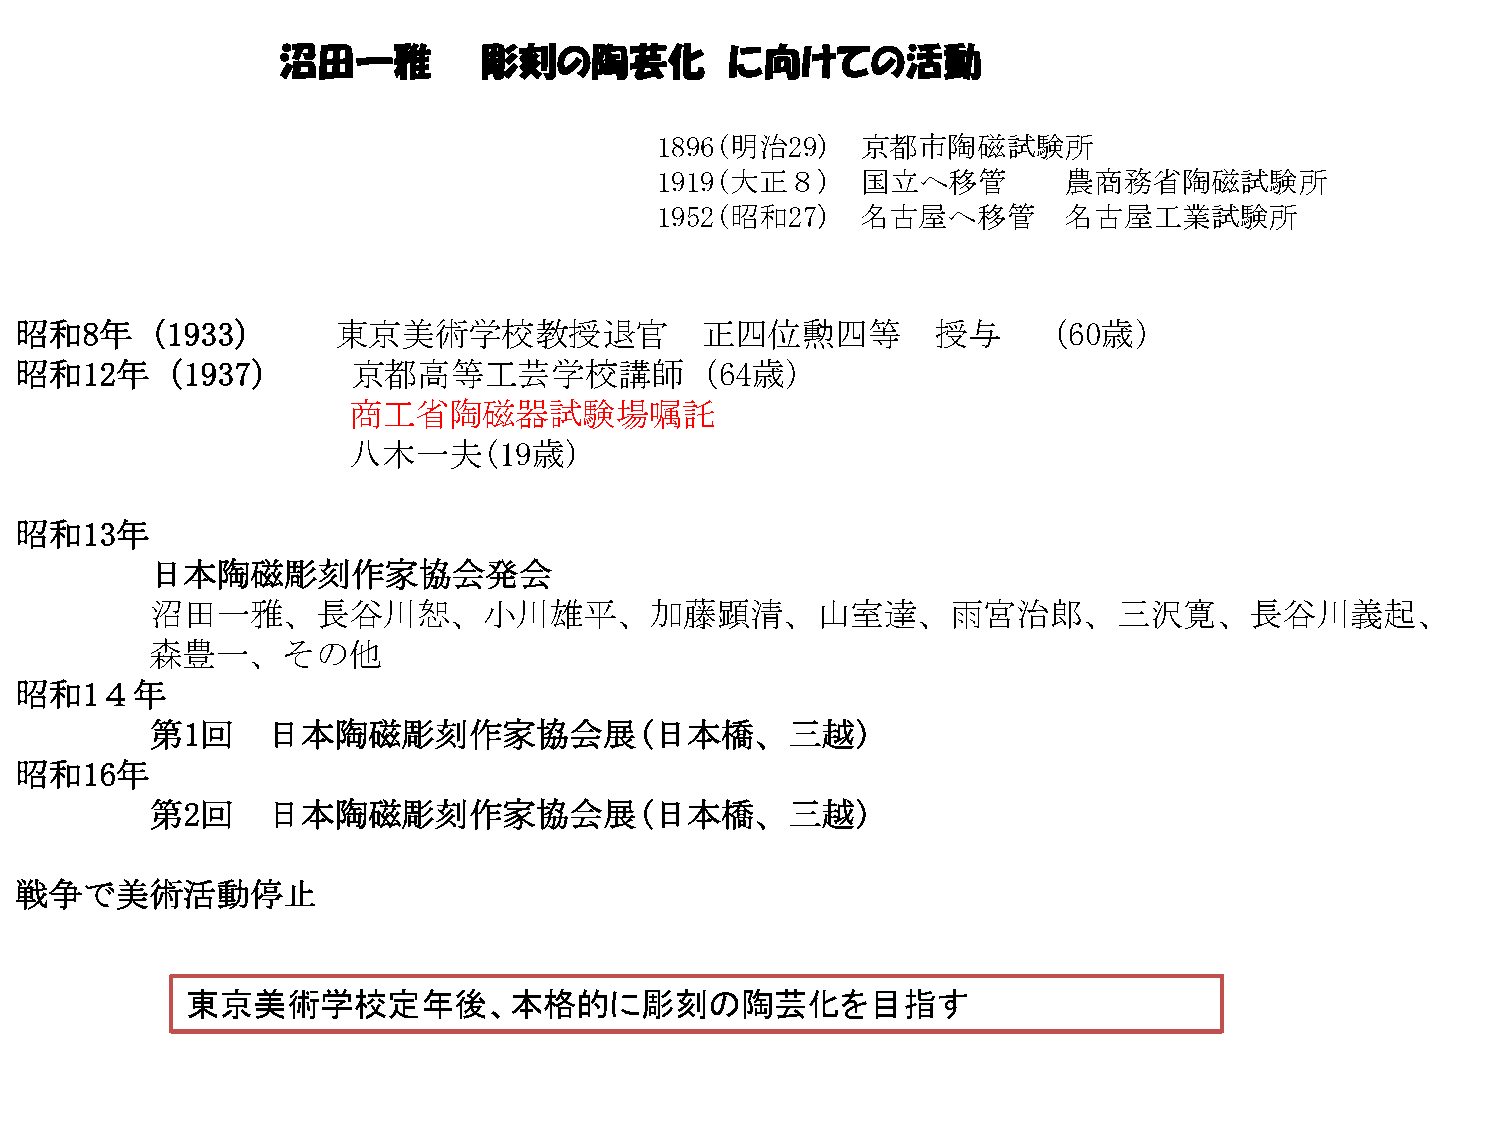
沼田一雅         彫刻の陶芸化          に向けての活動
 1896(明治29)    京都市陶磁試験所
 1919(大正８)     国立へ移管         農商務省陶磁試験所
 1952(昭和27)    名古屋へ移管        名古屋工業試験所
 昭和8年（1933）           東京美術学校教授退官              正四位勲四等          授与     （60歳）
 昭和12年（1937）           京都高等工芸学校講師（64歳）
 商工省陶磁器試験場嘱託
 八木一夫(19歳)
 昭和13年
 日本陶磁彫刻作家協会発会
 沼田一雅、長谷川恕、小川雄平、加藤顕清、山室達、雨宮治郎、三沢寛、長谷川義起、
 森豊一、その他
 昭和1４年
 第1回     日本陶磁彫刻作家協会展(日本橋、三越)
 昭和16年
 第2回     日本陶磁彫刻作家協会展(日本橋、三越)
 戦争で美術活動停止
 東京美術学校定年後、本格的に彫刻の陶芸化を目指す